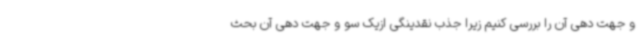
و جهت دهی آن را بررسی کنیم زیرا جذب نقدینگی ازیک سو و جهت دهی آن بحث